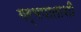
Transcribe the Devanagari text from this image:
गर्भपाताशी